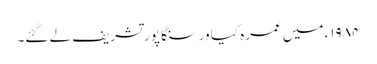
۱۹۸۴ء میں عمرہ کیا ور سنگا پور تشریف لے گئے۔